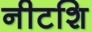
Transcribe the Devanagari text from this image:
नीटशि